Reports on dispensaries and lunatic asylums in the Province of Oudh - 1869-1876
Year: 1869
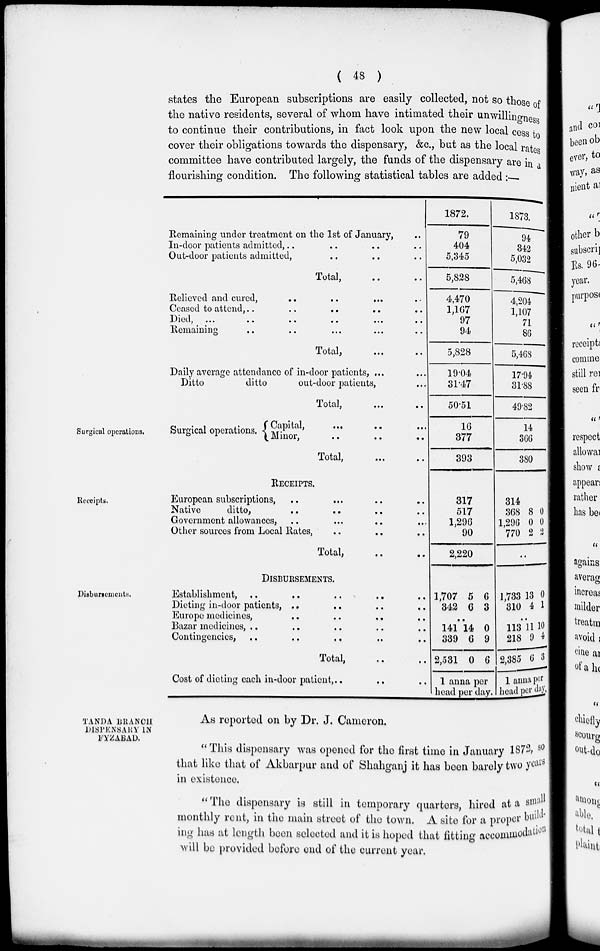
( 48 )
states the European subscriptions are easily collected, not so those of
the native residents, several of whom have intimated their unwillingness
to continue their contributions, in fact look upon the new local cess to
cover their obligations towards the dispensary, &c., but as the local rates
committee have contributed largely, the funds of the dispensary are in a
flourishing condition. The following statistical tables are added :—
Surgical operations.
Remaining under treatment on the 1st of January, ..
In-door patients admitted, .. .. ..
Out-door patients admitted, .. .. ..
Total, .. ..
Relieved and cured, .. .. .. ..
Ceased to attend, .. .. .. ..
Died, .. .. .. .. .. ..
Remaining .. .. .. .. ..
Total,
...
...
Daily average attendance of in-door patients, ... ...
Ditto
ditto
out-door patients, ... ...
Total,
...
...
Surgical operations.
Capital, ... ... ...
Minor, ... ... ...
Total, ... ...
1872.
79
404
5,345
5,828
4,470
1,167
97
94
5,828
19.04
31.47
50.51
16
377
393
1873.
94
342
5,032
5,468
4,204
1,107
71
86
5,468
17.94
31.88
49.82
14
366
380
Receipts.
RECEIPTS.
European subscriptions, ... ... ... ...
Native
ditto, ... ... ... ...
Government allowances, ... ... ... ...
Other sources from Local Rates, ... ... ...
Total, ... ...
317
517
1,296
90
2,220
314
368
1,296
770
8
0
2
0
0
1
..
Disbursements.
DISBURSEMENTS.
Establishment, .. .. .. .. ..
Dieting in-door patients, .. .. .. ..
Europe medicines, .. .. .. .. ..
Bazar medicines, .. .. .. .. ..
Contingencies, .. .. .. .. ..
Total, .. ..
Cost of dieting each in-door patient, ..
1,707
342
5
6
6
3
..
141
339
2,531
14
6
0
0
9
6
1 anna per
head per day.
1,733
310
13
4
0
1
..
113
218
2,385
11
9
6
10
4
3
1 anna per
head per day.
TANDA BRANCH
DISPENSARY IN
FYZABAD.
As roportod on by Dr. J. Cameron.
"This dispensary was opened for the first time in January 1872, so
that like that of Akbarpur and of Shahganj it has been barely two years
in existence.
" The dispensary is still in temporary quarters, hired at a small
monthly rent, in the main street of the town. A site for a proper build-
ing has at length been selected and it is hoped that fitting accommodation
will be provided before end of the current year.